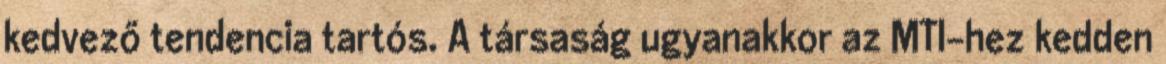
kedvező tendencia tartós. A társaság ugyanakkor az MTI-hez kedden